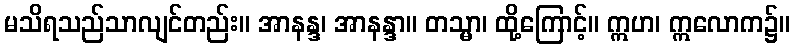
မသိရသည်သာလျင်တည်း။ အာနန္ဒ၊ အာနန္ဒာ။ တသ္မာ၊ ထို့ကြောင့်။ ဣဟ၊ ဣလောက၌။